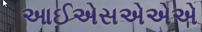
આઈએસએએએ